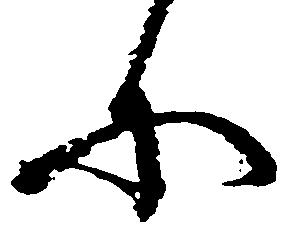
に